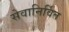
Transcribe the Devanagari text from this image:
सेवानिर्वित